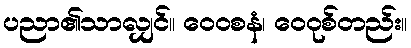
ပညာ၏သာလျှင်။ ဝေဝစနံ၊ ဝေဝုစ်တည်း။